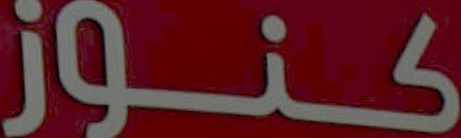
كنوز